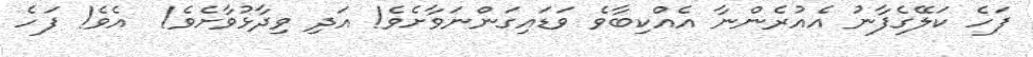
ފަހެ ކަލޭގެފާނު އެއުރެންނާ އެއްކިބާވެ ވަޑައިގަންނަވާށެވެ! އަދި ވިދާޅުވާށެވެ!  އެވެ! ފަހެ